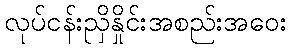
လုပ်ငန်းညှိနှိုင်းအစည်းအဝေး